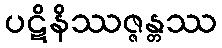
ပဋိနိဿဇ္ဇန္တဿ